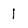
Character: 1